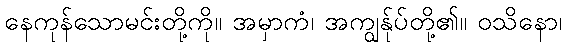
နေကုန်သောမင်းတို့ကို။ အမှာကံ၊ အကျွန်ုပ်တို့၏။ ဝသိနော၊